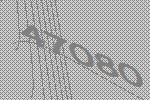
47080